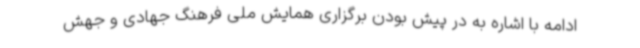
ادامه با اشاره به در پیش بودن برگزاری همایش ملی فرهنگ جهادی و جهش